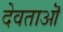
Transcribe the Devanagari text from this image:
देवताऒ